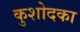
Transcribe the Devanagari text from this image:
कुशोदका